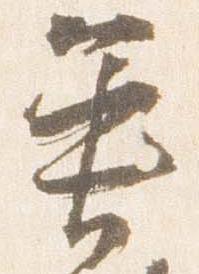
魚